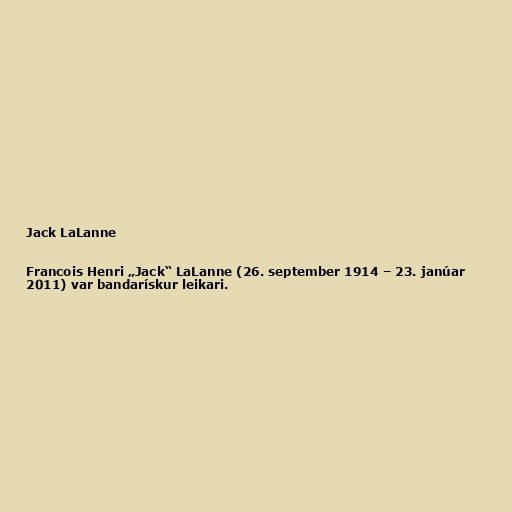
Jack LaLanne

Francois Henri „Jack“ LaLanne (26. september 1914 – 23. janúar
2011) var bandarískur leikari.